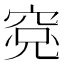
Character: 𱶾